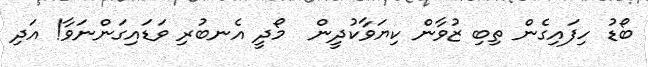
ބޯޑު ހިފައިގެން ތިބި ޒުވާން ކިޔަވާކުދީން  މޯދީ އެނބުރި ވަޑައިގަންނަވާ! އަދި